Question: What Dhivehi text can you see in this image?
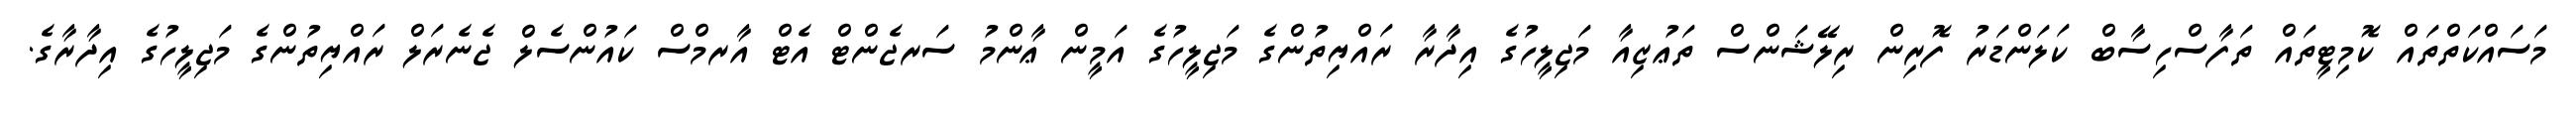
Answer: މަސައްކަތްތައް ކޮމިޓީތައް ތަފާސްހިސާބް ކަލަންޑަރު ފޮރިން ރިލޭޝަންސް ތަޢުޒިއާ މަޖިލީހުގެ އިދާރާ ރައްޔިތުންގެ މަޖިލީހުގެ އަމީން ޢާންމު ސަރޖެންޓް އެޓް އާރމްސް ކައުންސެލް ޖެނެރަލް ރައްޔިތުންގެ މަޖިލީހުގެ އިދާރާގެ.